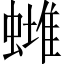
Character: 𧐻